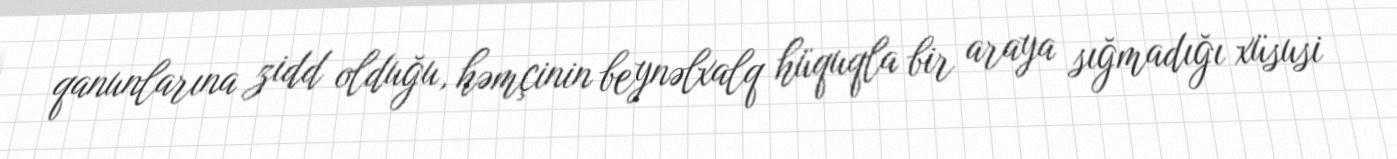
qanunlarına zidd olduğu, həmçinin beynəlxalq hüquqla bir araya sığmadığı xüsusi